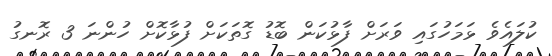
ކުލައެވެ ޅަމަހުގައި ވަރަށް ފާޅުކަން ބޮޑު ގޮތަކަށް ފުޅާކޮށް ހުންނަ 3 ރޮނގު